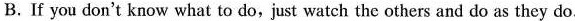
B.If you don't know what to do,just watch the others and do as they do.